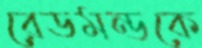
রেডমন্ডকে